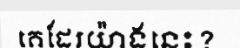
គេដែរយ៉ាងនេះ?